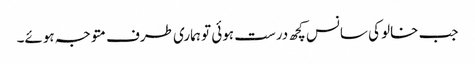
جب خالو کی سانس کچھ درست ہوئی تو ہماری طرف متوجہ ہوئے۔